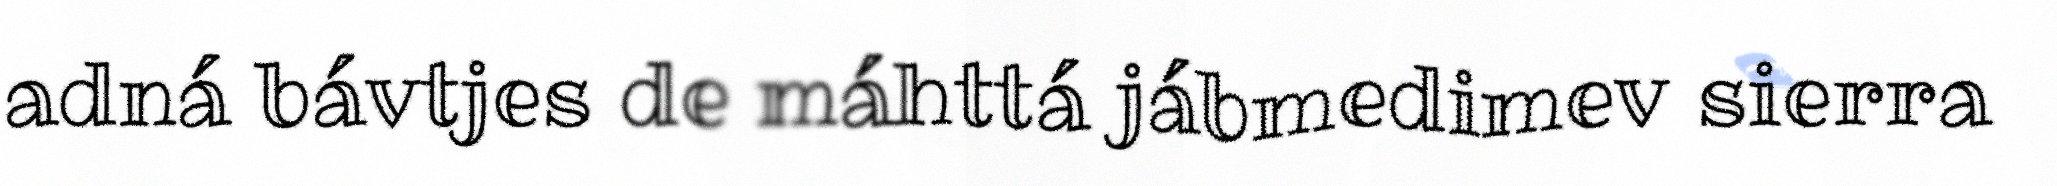
adná bávtjes de máhttá jábmedimev sierra